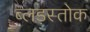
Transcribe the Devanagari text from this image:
ब्लड़स्तोक